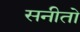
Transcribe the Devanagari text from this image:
सनीतो